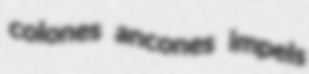
colones ancones impels